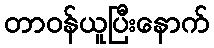
တာဝန်ယူပြီးနောက်